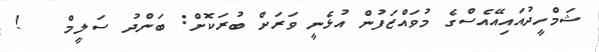
ޝަމްހީދުއައިއޭއެސްގެ މުވައްޒަފުން އުޅެނީ ވަރަށް ބުރަކޮށް: ބަންދު ސަލީމް   !